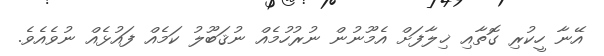
އޭނާ ހީކުރި ގޮތާއި ޚިލާފަށް އެމޫނުން ނުރުހުމެއް ނުޤަބޫލު ކަމެއް ފައުޅެއް ނުވެއެވެ.